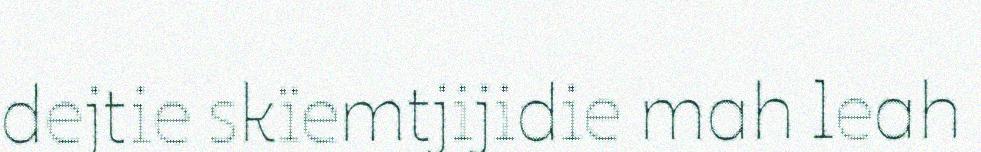
dejtie skïemtjijidie mah leah